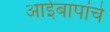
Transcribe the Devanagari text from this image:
आईबापांचे